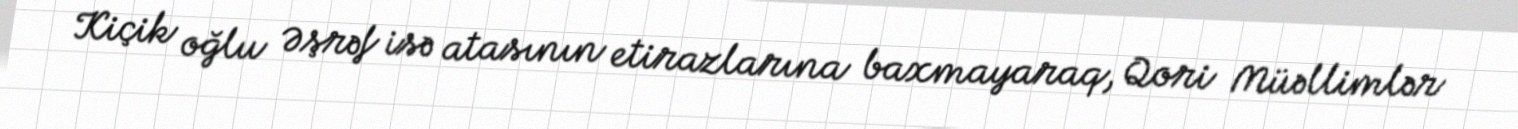
Kiçik oğlu Əşrəf isə atasının etirazlarına baxmayaraq, Qori Müəllimlər